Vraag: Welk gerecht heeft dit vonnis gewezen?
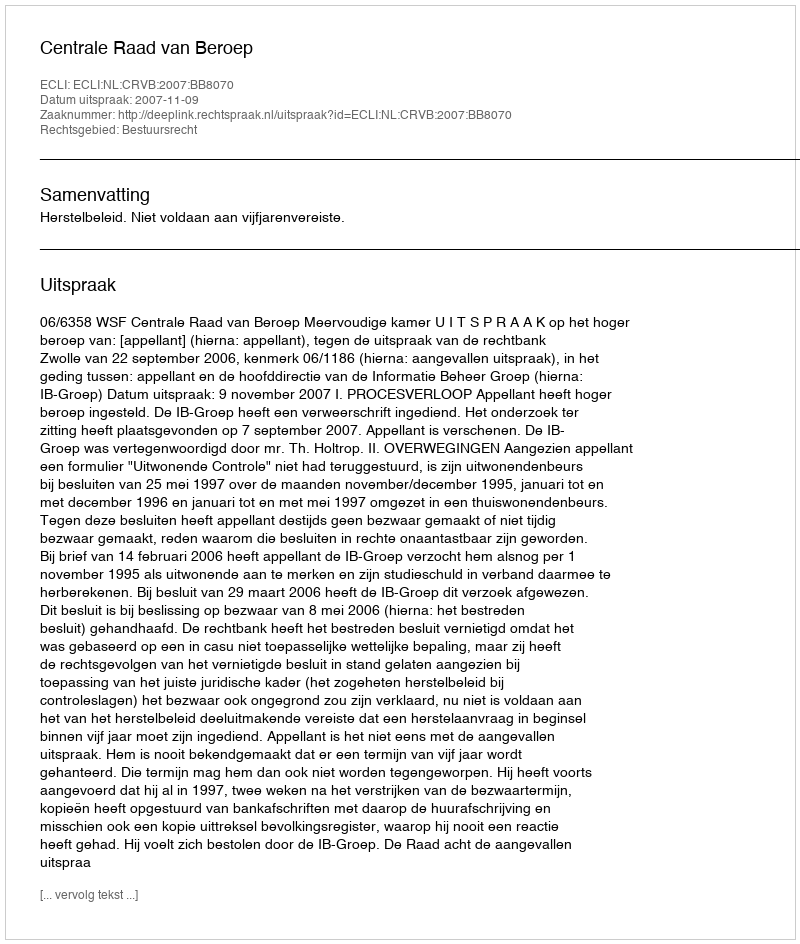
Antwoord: Centrale Raad van Beroep